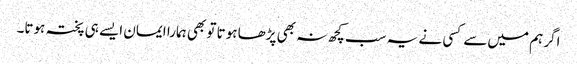
اگر ہم میں‌سے کسی نے یہ سب کچھ نہ بھی پڑھا ہوتا تو بھی ہمارا ایمان ایسے ہی پختہ ہوتا۔